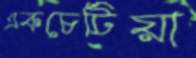
একচেটিয়া